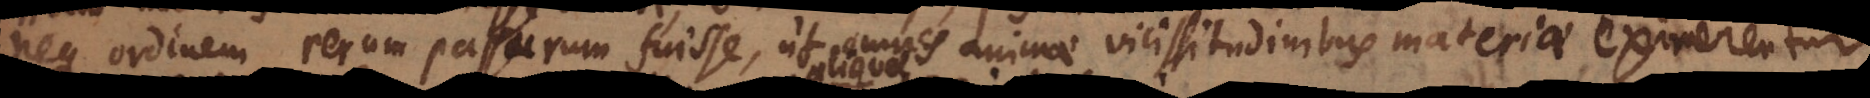
neque ordinem rerum passurum fuisse, ut omnes animae vicissitudinibus rerum